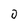
Character: 0